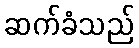
ဆက်ခံသည်